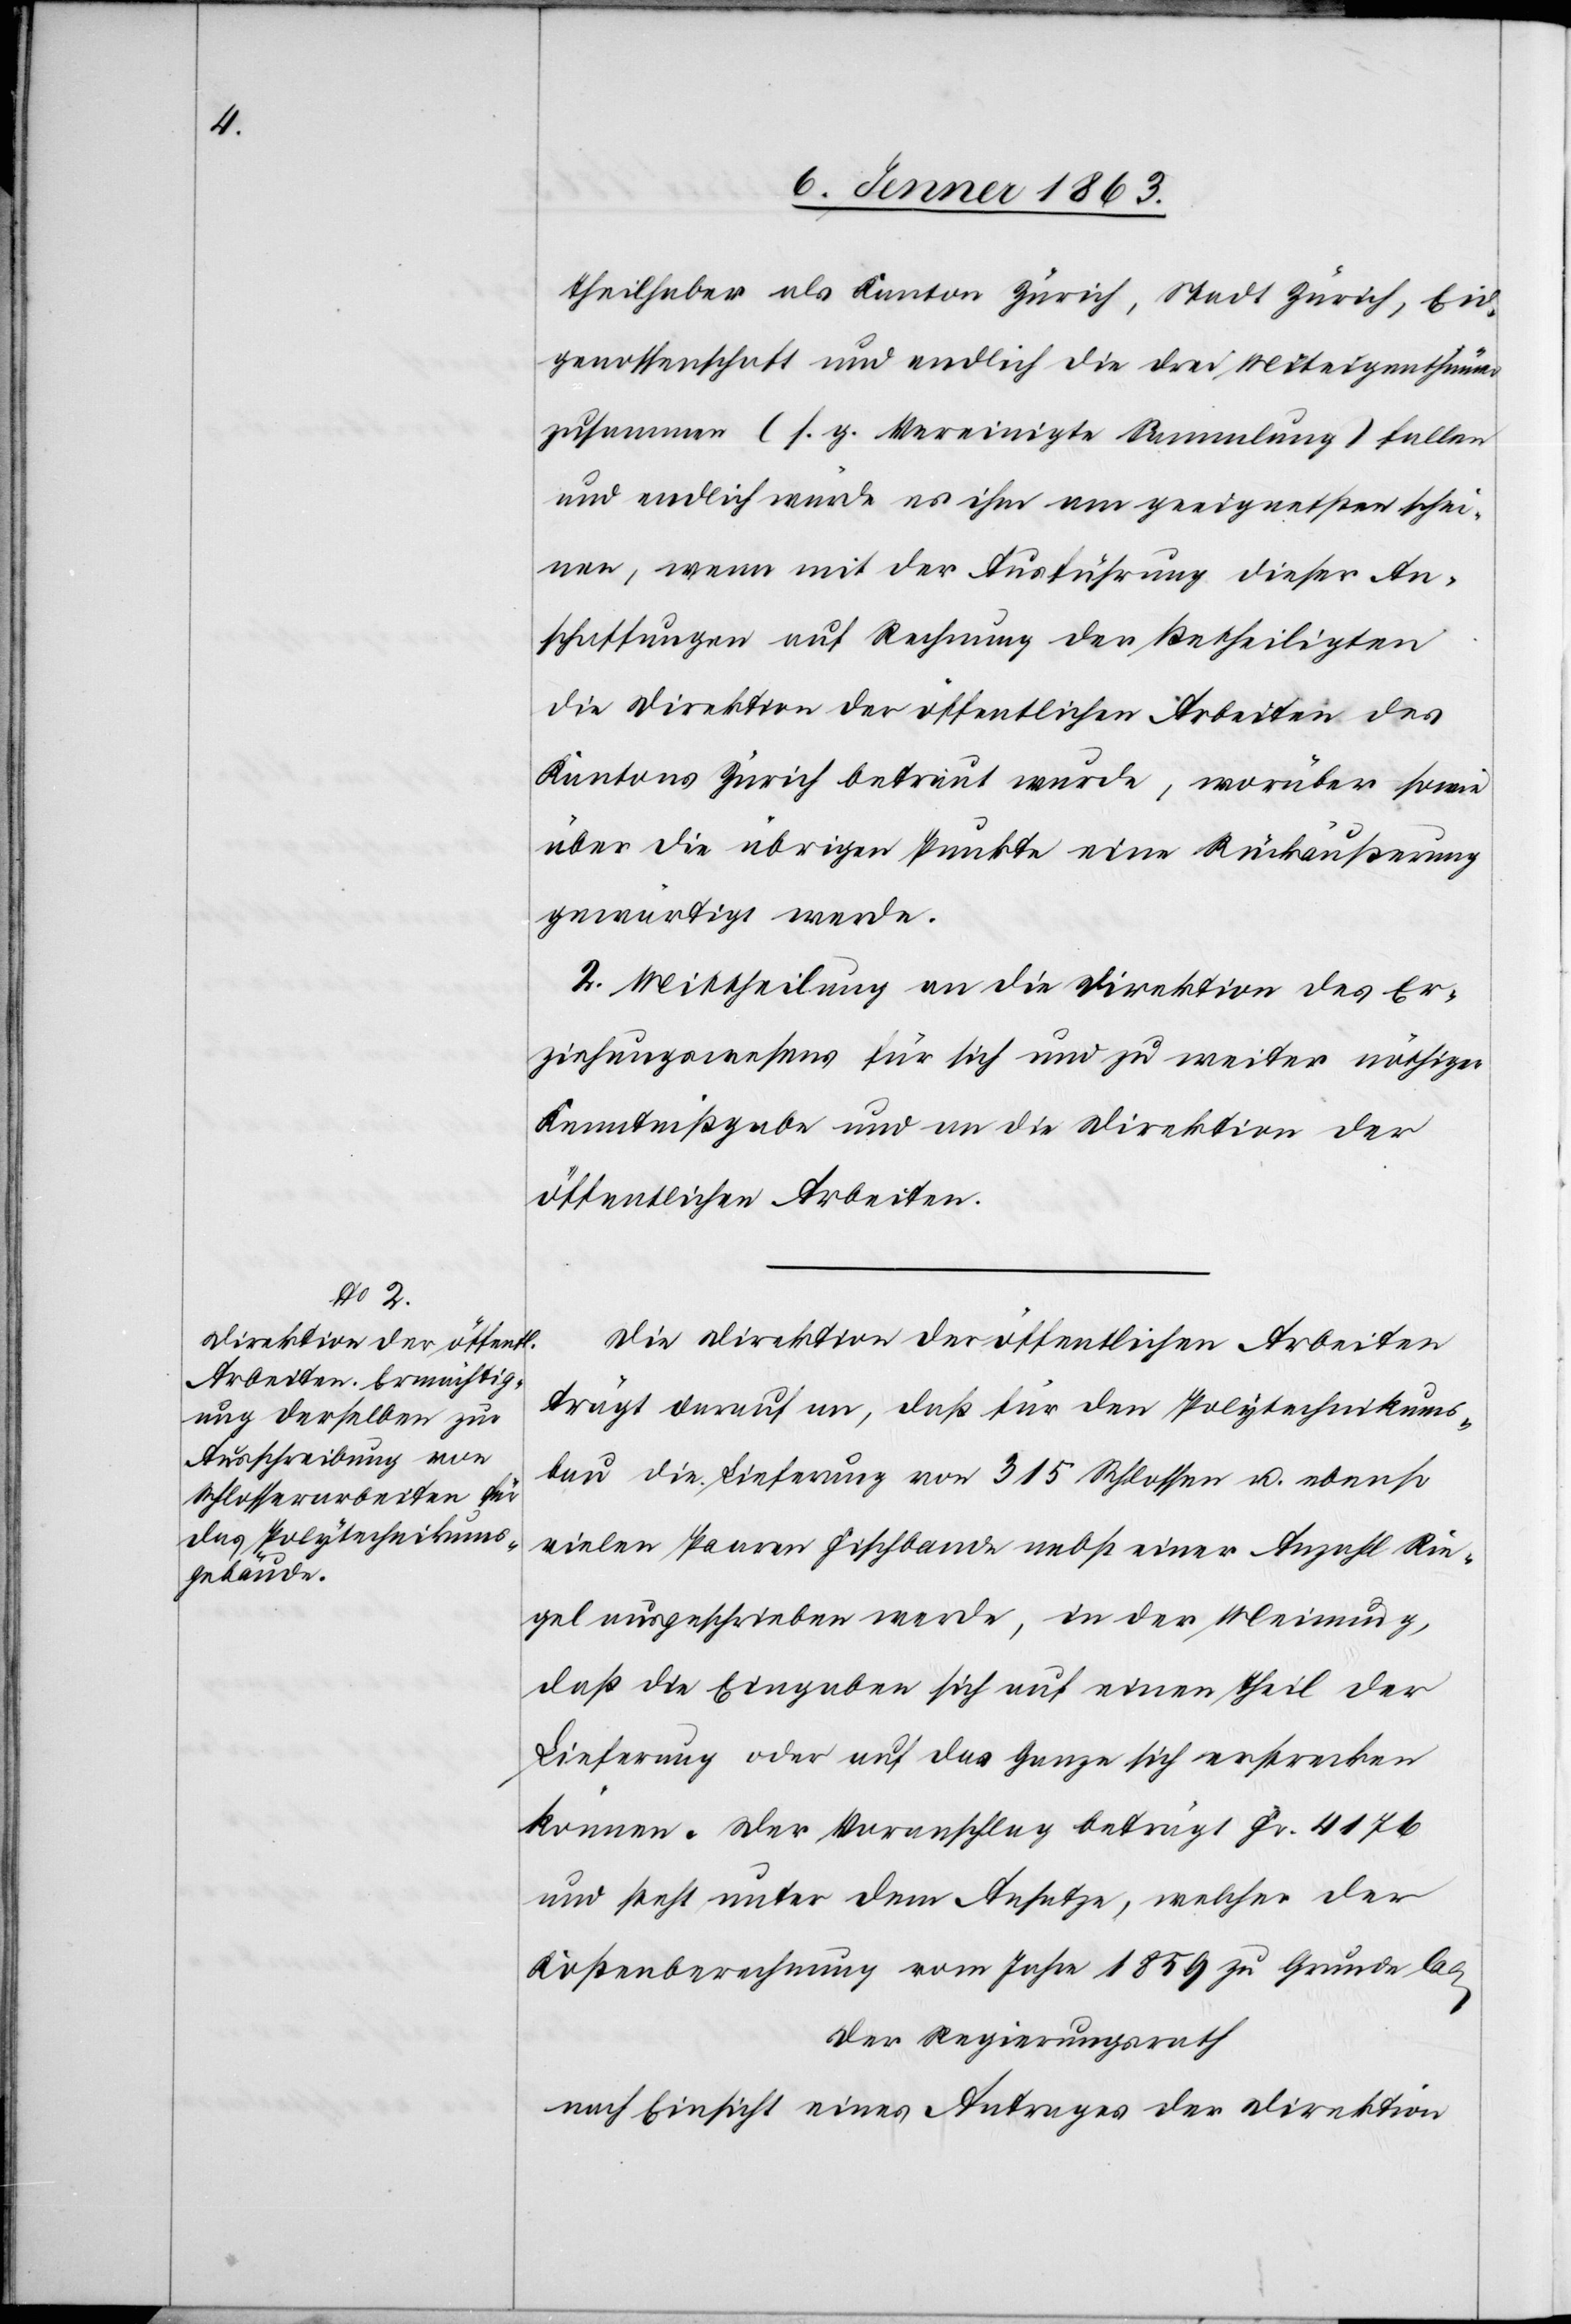
Theilhaber als Kanton Zürich, Stadt Zürich, Eid¬
genossenschaft und endlich die drei Miteigenthümer
zusammen (s. g. Vereinigte Sammlung) fallen
und endlich würde es ihm am geeignetsten schei¬
nen, wenn mit der Ausführung dieser An¬
schaffungen auf Rechnung der Betheiligten
die Direktion der öffentlichen Arbeiten des
Kantons Zürich betreut werde, worüber sowie
über die übrigen Punkte eine Rückäußerung
gewärtigt werde.
2. Mittheilung an die Direktion des Er¬
ziehungswesens für sich und zu weiter nöthi¬
ger Kenntnißgabe und an die Direktion der
öffentlichen Arbeiten.
Die Direktion der öffentlichen Arbeiten
trägt darauf an, daß für den Polytechnikums¬
bau die Lieferung von 315 Schlossen u. ebenso
vielen Paaren Fischbande nebst einer Anzahl Rie¬
gel ausgeschrieben werde, in der Meinung,
daß die Eingaben sich auf einen Theil der
Lieferung oder auf das Ganze sich erstrecken
können. Der Voranschlag beträgt Fr. 4176
und steht unter dem Ansatze, welcher der
Kostenberechnung vom Jahre 1859 zu Grunde lag.
Der Regierungsrath
nach Einsicht eines Antrages der Direktion